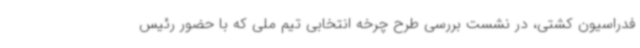
فدراسیون کشتی، در نشست بررسی طرح چرخه انتخابی تیم ملی که با حضور رئیس